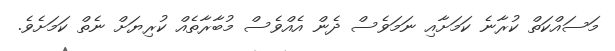
މަސައްކަތް ކުރާނެ ކަމަށާއި ނަމަވެސް ދެން އެއްވެސް މުބާރާތެއް ކުރިޔަށް ނެތް ކަމަށެވެ.